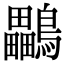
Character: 鸓